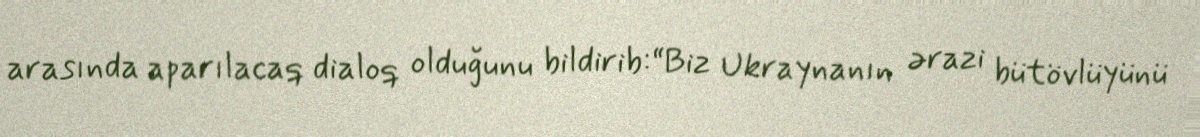
arasında aparılacaq dialoq olduğunu bildirib:“Biz Ukraynanın ərazi bütövlüyünü